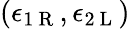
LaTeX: (\epsilon_{1\mathrm{~R~}},\epsilon_{2\mathrm{~L~}})